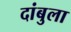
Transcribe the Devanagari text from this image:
दांबुला